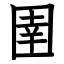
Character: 圉